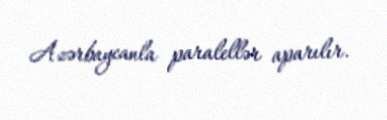
Azərbaycanla paralellər aparılır.